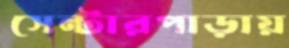
সেন্টারপাড়ায়